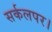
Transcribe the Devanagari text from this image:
सर्कलपर।